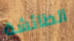
الطائشة